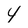
Character: 4